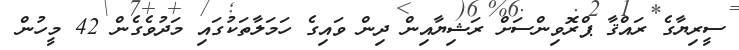
ސީރިޔާގެ ރައްޤާ ޕްރޮވިންސަށް ރަޝިޔާއިން ދިން ވައިގެ ހަމަލާތަކުގައި މަދުވެގެން 42 މީހުން